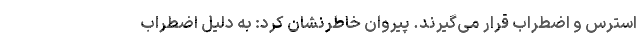
استرس و اضطراب قرار می‌گیرند. پیروان خاطرنشان کرد: به دلیل اضطراب